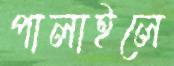
পালাইলে